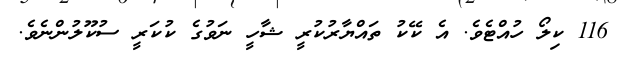
116 ކިލޯ ހުއްޓެވެ. އެ ކޭކު ތައްޔާރުކުރީ ޝާހީ ނަވުގެ ކުކަރީ ސުކޫލުންނެވެ.